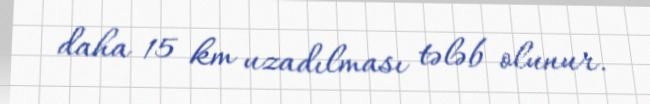
daha 15 km uzadılması tələb olunur.